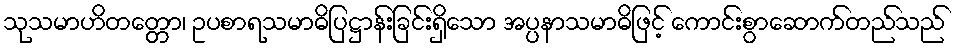
သုသမာဟိတတ္တော၊ ဥပစာရသမာဓိပြဋ္ဌာန်းခြင်းရှိသော အပ္ပနာသမာဓိဖြင့် ကောင်းစွာဆောက်တည်သည်